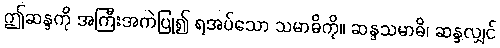
ဤဆန္ဒကို အကြီးအကဲပြု၍ ရအပ်သော သမာဓိကို။ ဆန္ဒသမာဓိ၊ ဆန္ဒလျှင်